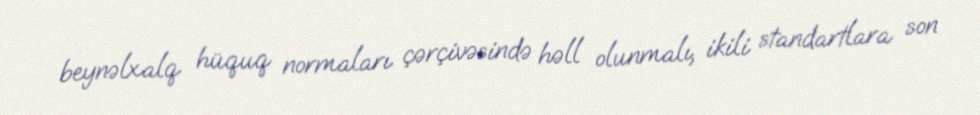
beynəlxalq hüquq normaları çərçivəsində həll olunmalı, ikili standartlara son